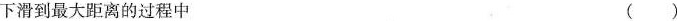
下滑到最大距离的过程中 ( )